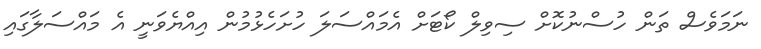
ނަމަވެސް ތަން ހުސްނުކޮށް ސިވިލް ކޯޓަށް އެމައްސަލަ ހުށަހެޅުމުން އިއްޔެވަނީ އެ މައްސަލާގައި